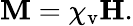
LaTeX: \mathbf{M}=\chi_{\mathrm{v}}\mathbf{H}.